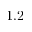
1 . 2